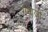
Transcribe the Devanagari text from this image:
गमाजी